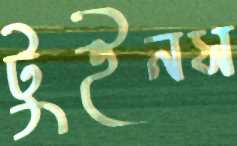
টুইনস